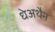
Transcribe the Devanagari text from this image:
धेअथैन